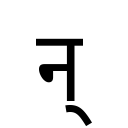
OCR:
न्